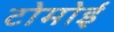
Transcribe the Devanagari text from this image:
टोमोई